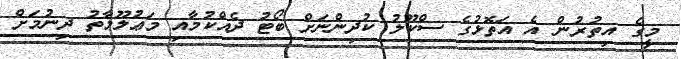
މީގެ އިތުރުން އެ އަތޮޅުގެ ސްކޫލު ކުދިންނަށް ބޯޓު ދެއްކުމާއި މަޢުލޫމާތު ދިނުމަށް